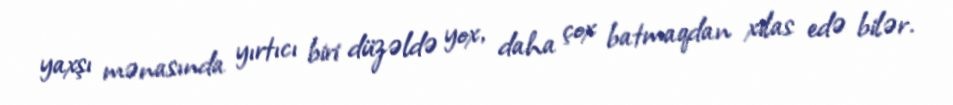
yaxşı mənasında yırtıcı biri düzəldə yox, daha çox batmaqdan xilas edə bilər.